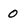
Character: 0